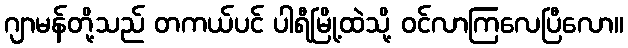
ဂျာမန်တို့သည် တကယ်ပင် ပါရီမြို့ထဲသို့ ဝင်လာကြလေပြီလော။